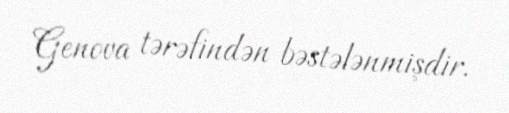
Genova tərəfindən bəstələnmişdir.